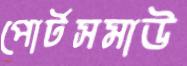
পোর্টসমাউ